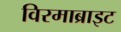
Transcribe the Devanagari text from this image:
विरमाब्राइट